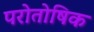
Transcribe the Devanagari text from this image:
परोतोषिक